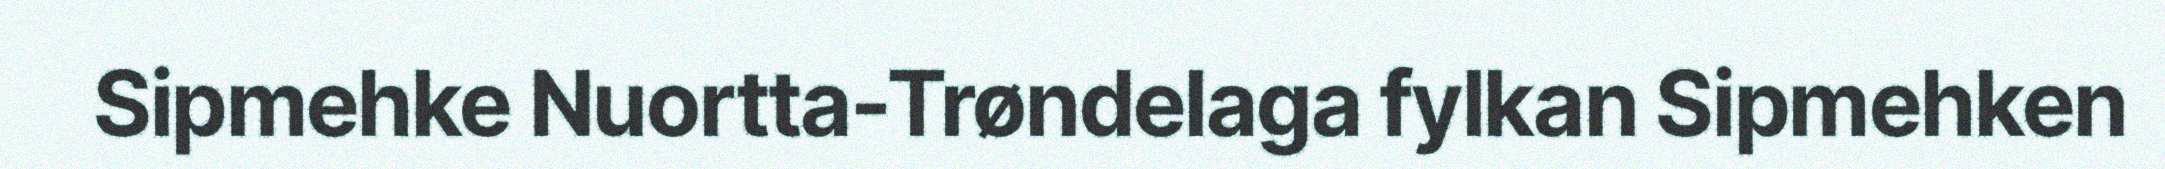
Sipmehke Nuortta-Trøndelaga fylkan Sipmehken